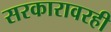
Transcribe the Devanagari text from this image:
सरकारावरही